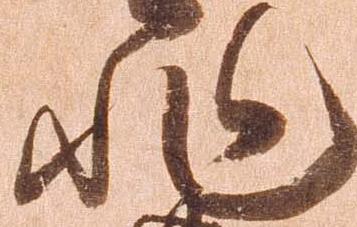
非